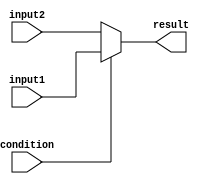
module if_else_statement (
    input wire condition,
    input wire input1,
    input wire input2,
    output reg result
);

always @(*) begin
    if (condition) begin
        result = input1;
    end
    else begin
        result = input2;
    end
end

endmodule